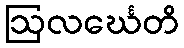
ဩလင်္ဃေတိ